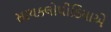
સાયકલોપીડિયાએ